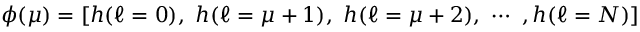
\phi ( \mu ) = [ h ( \ell = 0 ) , \ h ( \ell = \mu + 1 ) , \ h ( \ell = \mu + 2 ) , \ \cdots \ , h ( \ell = N ) ]